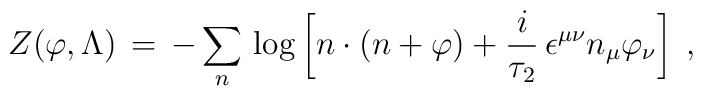
Z (\varphi , \Lambda) \, = \, - \sum_n \, \log \left[n \cdot (n+ \varphi)+ \frac{i}{\tau_2} \, \epsilon^{\mu \nu} n_{\mu} \varphi_{\nu} \right]\;,